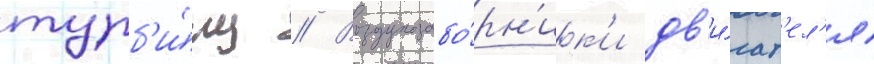
турб'и́ну // Воздухозабо́рн'ик'и дв'и́гат'ел'я